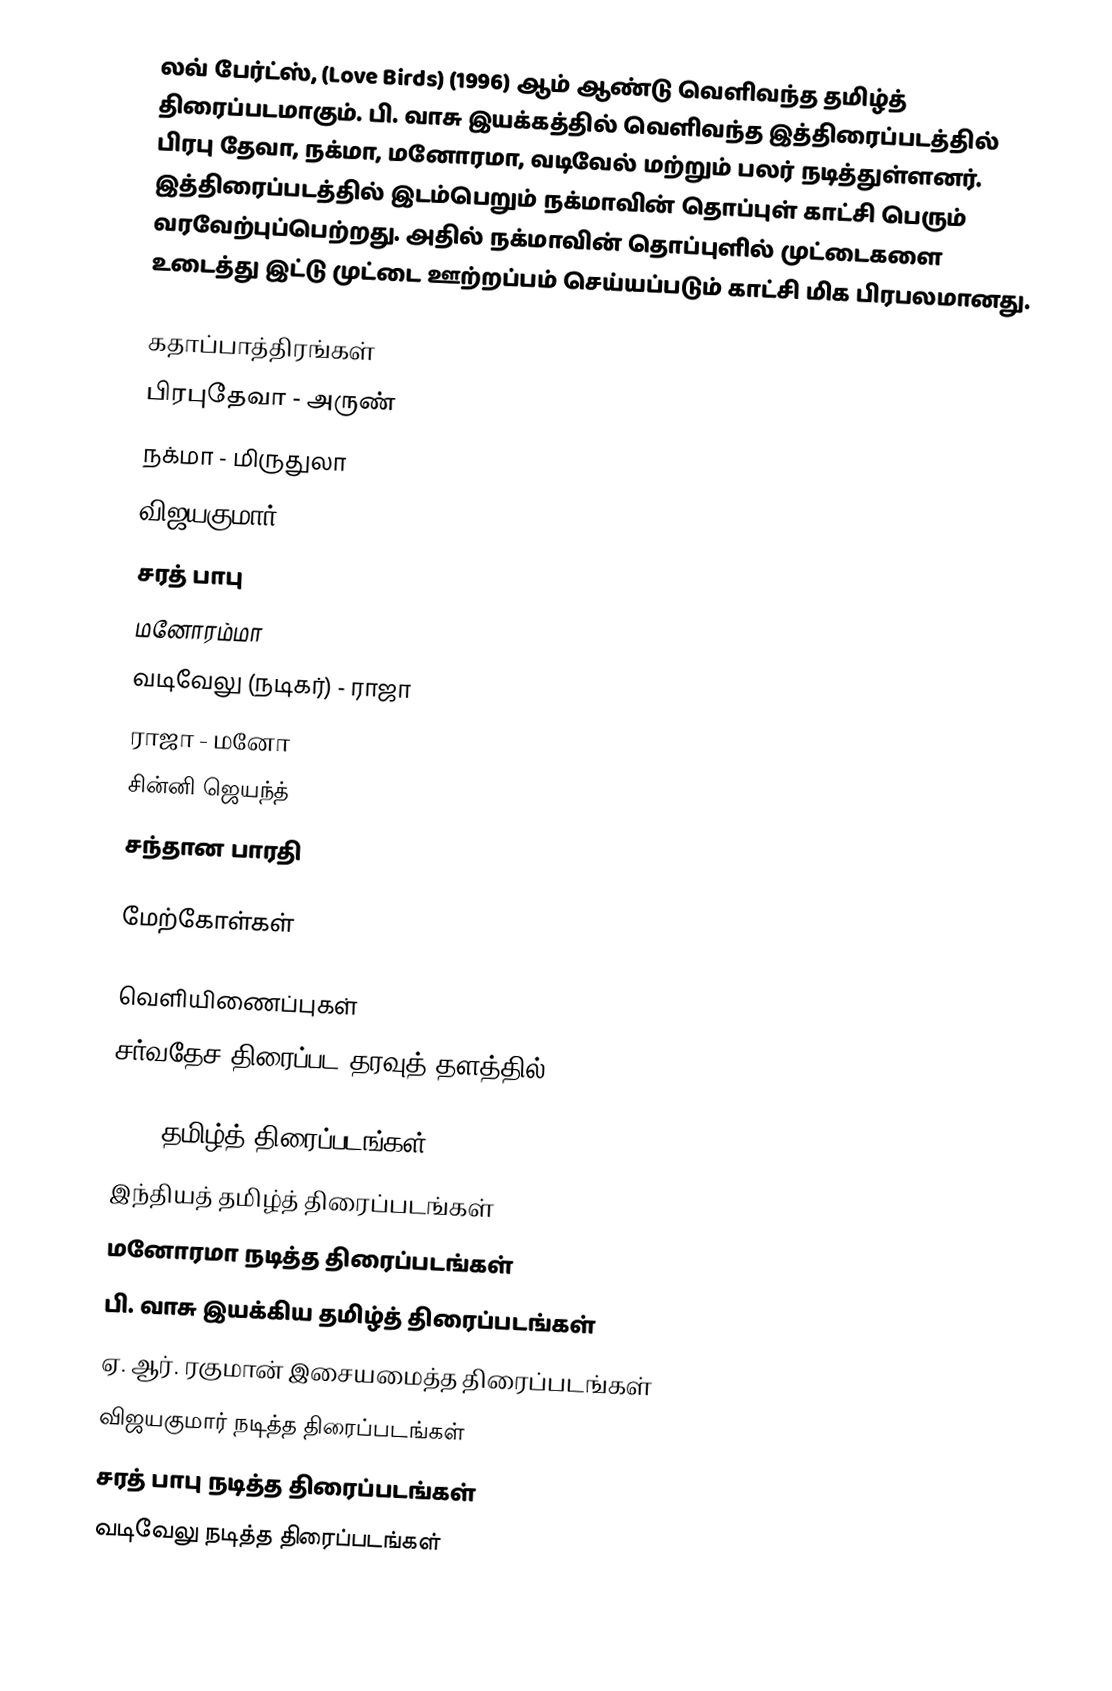
லவ் பேர்ட்ஸ், (Love Birds) (1996) ஆம் ஆண்டு வெளிவந்த தமிழ்த் திரைப்படமாகும். பி. வாசு இயக்கத்தில் வெளிவந்த இத்திரைப்படத்தில் பிரபு தேவா, நக்மா, மனோரமா, வடிவேல் மற்றும் பலர் நடித்துள்ளனர். இத்திரைப்படத்தில் இடம்பெறும் நக்மாவின் தொப்புள் காட்சி பெரும் வரவேற்புப்பெற்றது. அதில் நக்மாவின் தொப்புளில் முட்டைகளை உடைத்து இட்டு முட்டை ஊற்றப்பம் செய்யப்படும் காட்சி  மிக பிரபலமானது.

கதாப்பாத்திரங்கள்
 பிரபுதேவா - அருண்
 நக்மா - மிருதுலா
 விஜயகுமார்
 சரத் பாபு
 மனோரம்மா
 வடிவேலு (நடிகர்) - ராஜா
 ராஜா - மனோ
 சின்னி ஜெயந்த்
 சந்தான பாரதி

மேற்கோள்கள்

வெளியிணைப்புகள்
சர்வதேச திரைப்பட தரவுத் தளத்தில்

1996 தமிழ்த் திரைப்படங்கள்
இந்தியத் தமிழ்த் திரைப்படங்கள்
மனோரமா நடித்த திரைப்படங்கள்
பி. வாசு இயக்கிய தமிழ்த் திரைப்படங்கள்
ஏ. ஆர். ரகுமான் இசையமைத்த திரைப்படங்கள்
விஜயகுமார் நடித்த திரைப்படங்கள்
சரத் பாபு நடித்த திரைப்படங்கள்
வடிவேலு நடித்த திரைப்படங்கள்